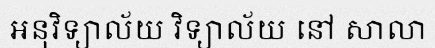
អនុវិទ្យាល័យ វិទ្យាល័យ នៅ សាលា